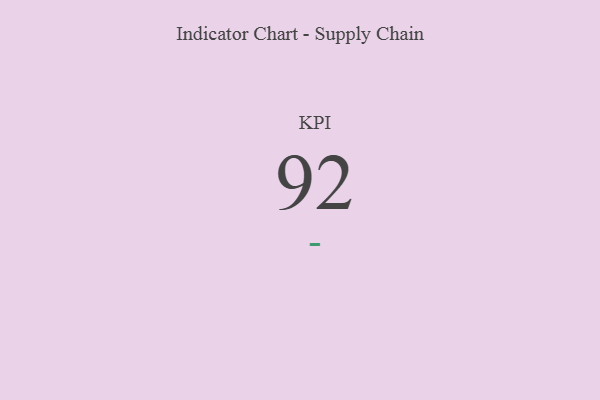
{"axis": {"x": "KPI", "y": "Value"}, "legend": [""], "data": [{"x": "KPI", "y": 92, "type": ""}]}